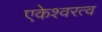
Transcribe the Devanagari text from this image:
एकेश्वरत्व